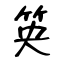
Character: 䇦